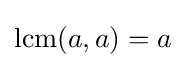
\operatorname {lcm} (a,a)=a